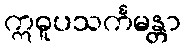
ဣဓူပသင်္ကမန္တာ